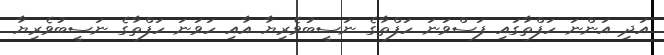
އަދި އަންނަ ހަފްތާގައި ފަސްވަނަ ހަފްތާގެ ނަސީބުވެރިޔާ އާއި ހަވަނަ ހަފްތާގެ ނަސީބުވެރިޔާ